Account of plague administration in the Bombay Presidency from September 1896 till May 1897
Year: 1896
Disease focus: Plague
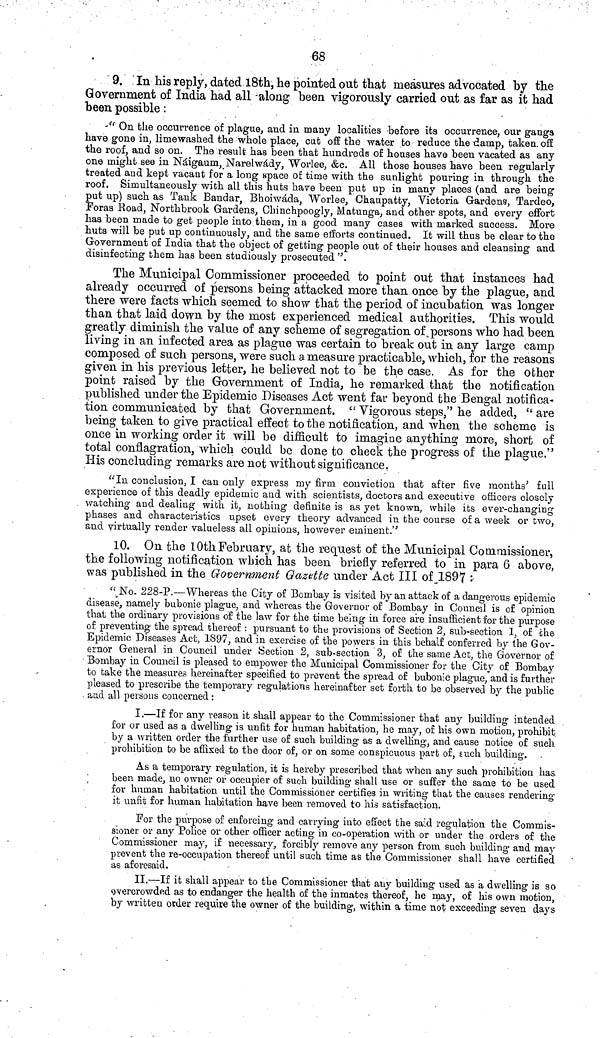
68
9. In his reply, dated 18th, he pointed out that measures advocated by the
Government of India had all along heen vigorously carried out as far as it had
been possible :
"On the occurrence of plague, and in many localities before its occurrence, our gangs
have gone in, limewashed the whole place, cut off the water to reduce the damp, taken, off
the roof, and so on. The result has been that hundreds of houses have been vacated as any
one might see in Náigaum, Narelwády, Worlee, &c. All those houses have been regularly
treated and kept vacant for a long space of time with the sunlight pouring in through the
roof. Simultaneously with all this huts have been put up in many places (and are being
put up) such as Tank Bandar, Bhoiwáda, Worlee, Chaupatty, Victoria Gardens, Tardeo,
Foras Road, Northbrook Gardens, Chinchpoogly, Matunga, and other spots, and every effort
has been made to get people into them, in a good many cases with marked success. More
huts will be put up continuously, and the same efforts continued. It will thus be clear to the
Government of India that the object of getting people out of their houses and cleansing and
disinfecting them has been studiously prosecuted ".
The Municipal Commissioner proceeded to point out that instances had
already occurred of persons being attacked more than once by the plague, and
there were facts which seemed to show that the period of incubation was longer
than that laid down by the most experienced medical authorities. This would
greatly diminish the value of any scheme of segregation of persons who had been
living in an infected area as plague was certain to break out in any large camp
composed of such persons, were such a measure practicable, which, for the reasons
given in his previous letter, he believed not to be the case. As for the other
point raised by the Government of India, he remarked that the notification
published under the Epidemic Diseases Act went far beyond the Bengal notifica-
tion communicated by that Government. "Vigorous steps," he added, "are
being taken to give practical effect to the notification, and when the scheme is
once in working order it will be difficult to imagine anything more, short of
total conflagration, which could be done to check the progress of the plague."
His concluding remarks are not without significance.
"In conclusion, I can only express my firm conviction that after five months' full
experience of this deadly epidemic and with scientists, doctors and executive officers closely
watching and dealing with it, nothing definite is as yet known, while its ever-changing
phases and characteristics upset every theory advanced in the course of a week or two,
and virtually render valueless all opinions, however eminent."
10. On the 10th February, at the request of the Municipal Commissioner,
the following notification winch has been briefly referred to in para 6 above,
was published in the Government Gazette under Act III of 1897 :
"No. 228-P.—Whereas the City of Bombay is visited by an attack of a dangerous epidemic
disease, namely bubonic plague, and whereas the Governor of Bombay in Council is of opinion
that the ordinary provisions of the law for the time being in force are insufficient for the purpose
of preventing the spread thereof : pursuant to the provisions of Section 2, sub-section 1, of che
Epidemic Diseases Act, 1897, and in exercise of the powers in this behalf conferred by the Gov-
ernor General in Council under Section 2, sub-section 3, of the same Act, the Governor of
Bombay in Council is pleased to empower the Municipal Commissioner for the City of Bombay
to take the measures hereinafter specified to pi-event the spread of bubonic plague, and is further
pleased to prescribe the temporary regulations hereinafter set forth to be observed by the public
and all persons concerned :
I.—If for any reason it shall appear to the Commissioner that any building- intended
for or used as a dwelling is unfit for human habitation, he may, of his own motion, prohibit
by a written order the further use of such building as a dwelling·, and cause notice of such
prohibition to be affixed to the door of, or on some conspicuous part of, such building.
As a temporary regulation, it is hereby prescribed that when any such prohibition has
been made, no owner or occupier of such building shall use or suffer the same to be used
for human habitation until the Commissioner certifies in writing that the causes rendering-
it unfit for human habitation have been removed to his satisfaction.
For the purpose of enforcing and carrying into effect the said regulation the Commis-
sioner or any Police or other officer acting in co-operation with or under the orders of the
Commissioner may, if necessary, forcibly remove any person from such building· and may
prevent the re-occupation thereof until such time as the Commissioner shall have certified
as aforesaid.
II.—If it shall appear to the Commissioner that any building used as a dwelling is so
overcrowded as to endanger the health of the inmates thereof, he may, of his own motion,
by written order require the owner of the building, within a time not exceeding seven days